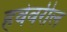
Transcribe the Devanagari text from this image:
हवेवरील